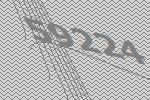
59224